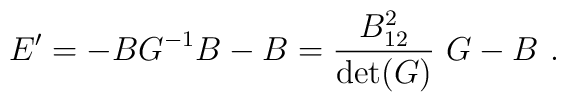
E^\prime=-BG^{-1}B-B={B_{12}^2\over \det(G)} ~G-B~.